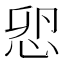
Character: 𢘴